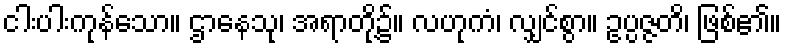
ငါးပါးကုန်သော။ ဌာနေသု၊ အရာတို့၌။ လဟုကံ၊ လျှင်စွာ။ ဥပ္ပဇ္ဇတိ၊ ဖြစ်၏။